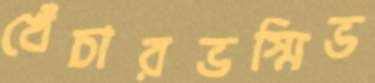
খেঁচারভস্মিভ